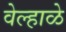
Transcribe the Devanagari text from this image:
वेल्हाळे